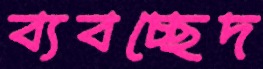
ব্যবচ্ছেদ